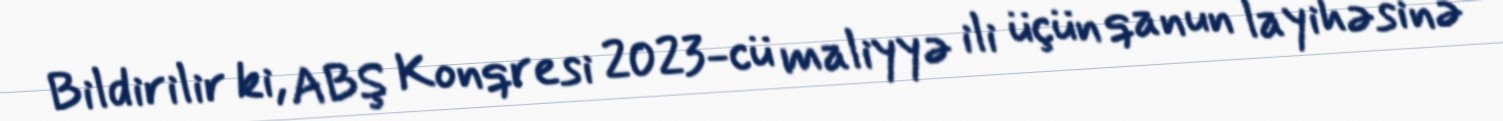
Bildirilir ki, ABŞ Konqresi 2023-cü maliyyə ili üçün qanun layihəsinə